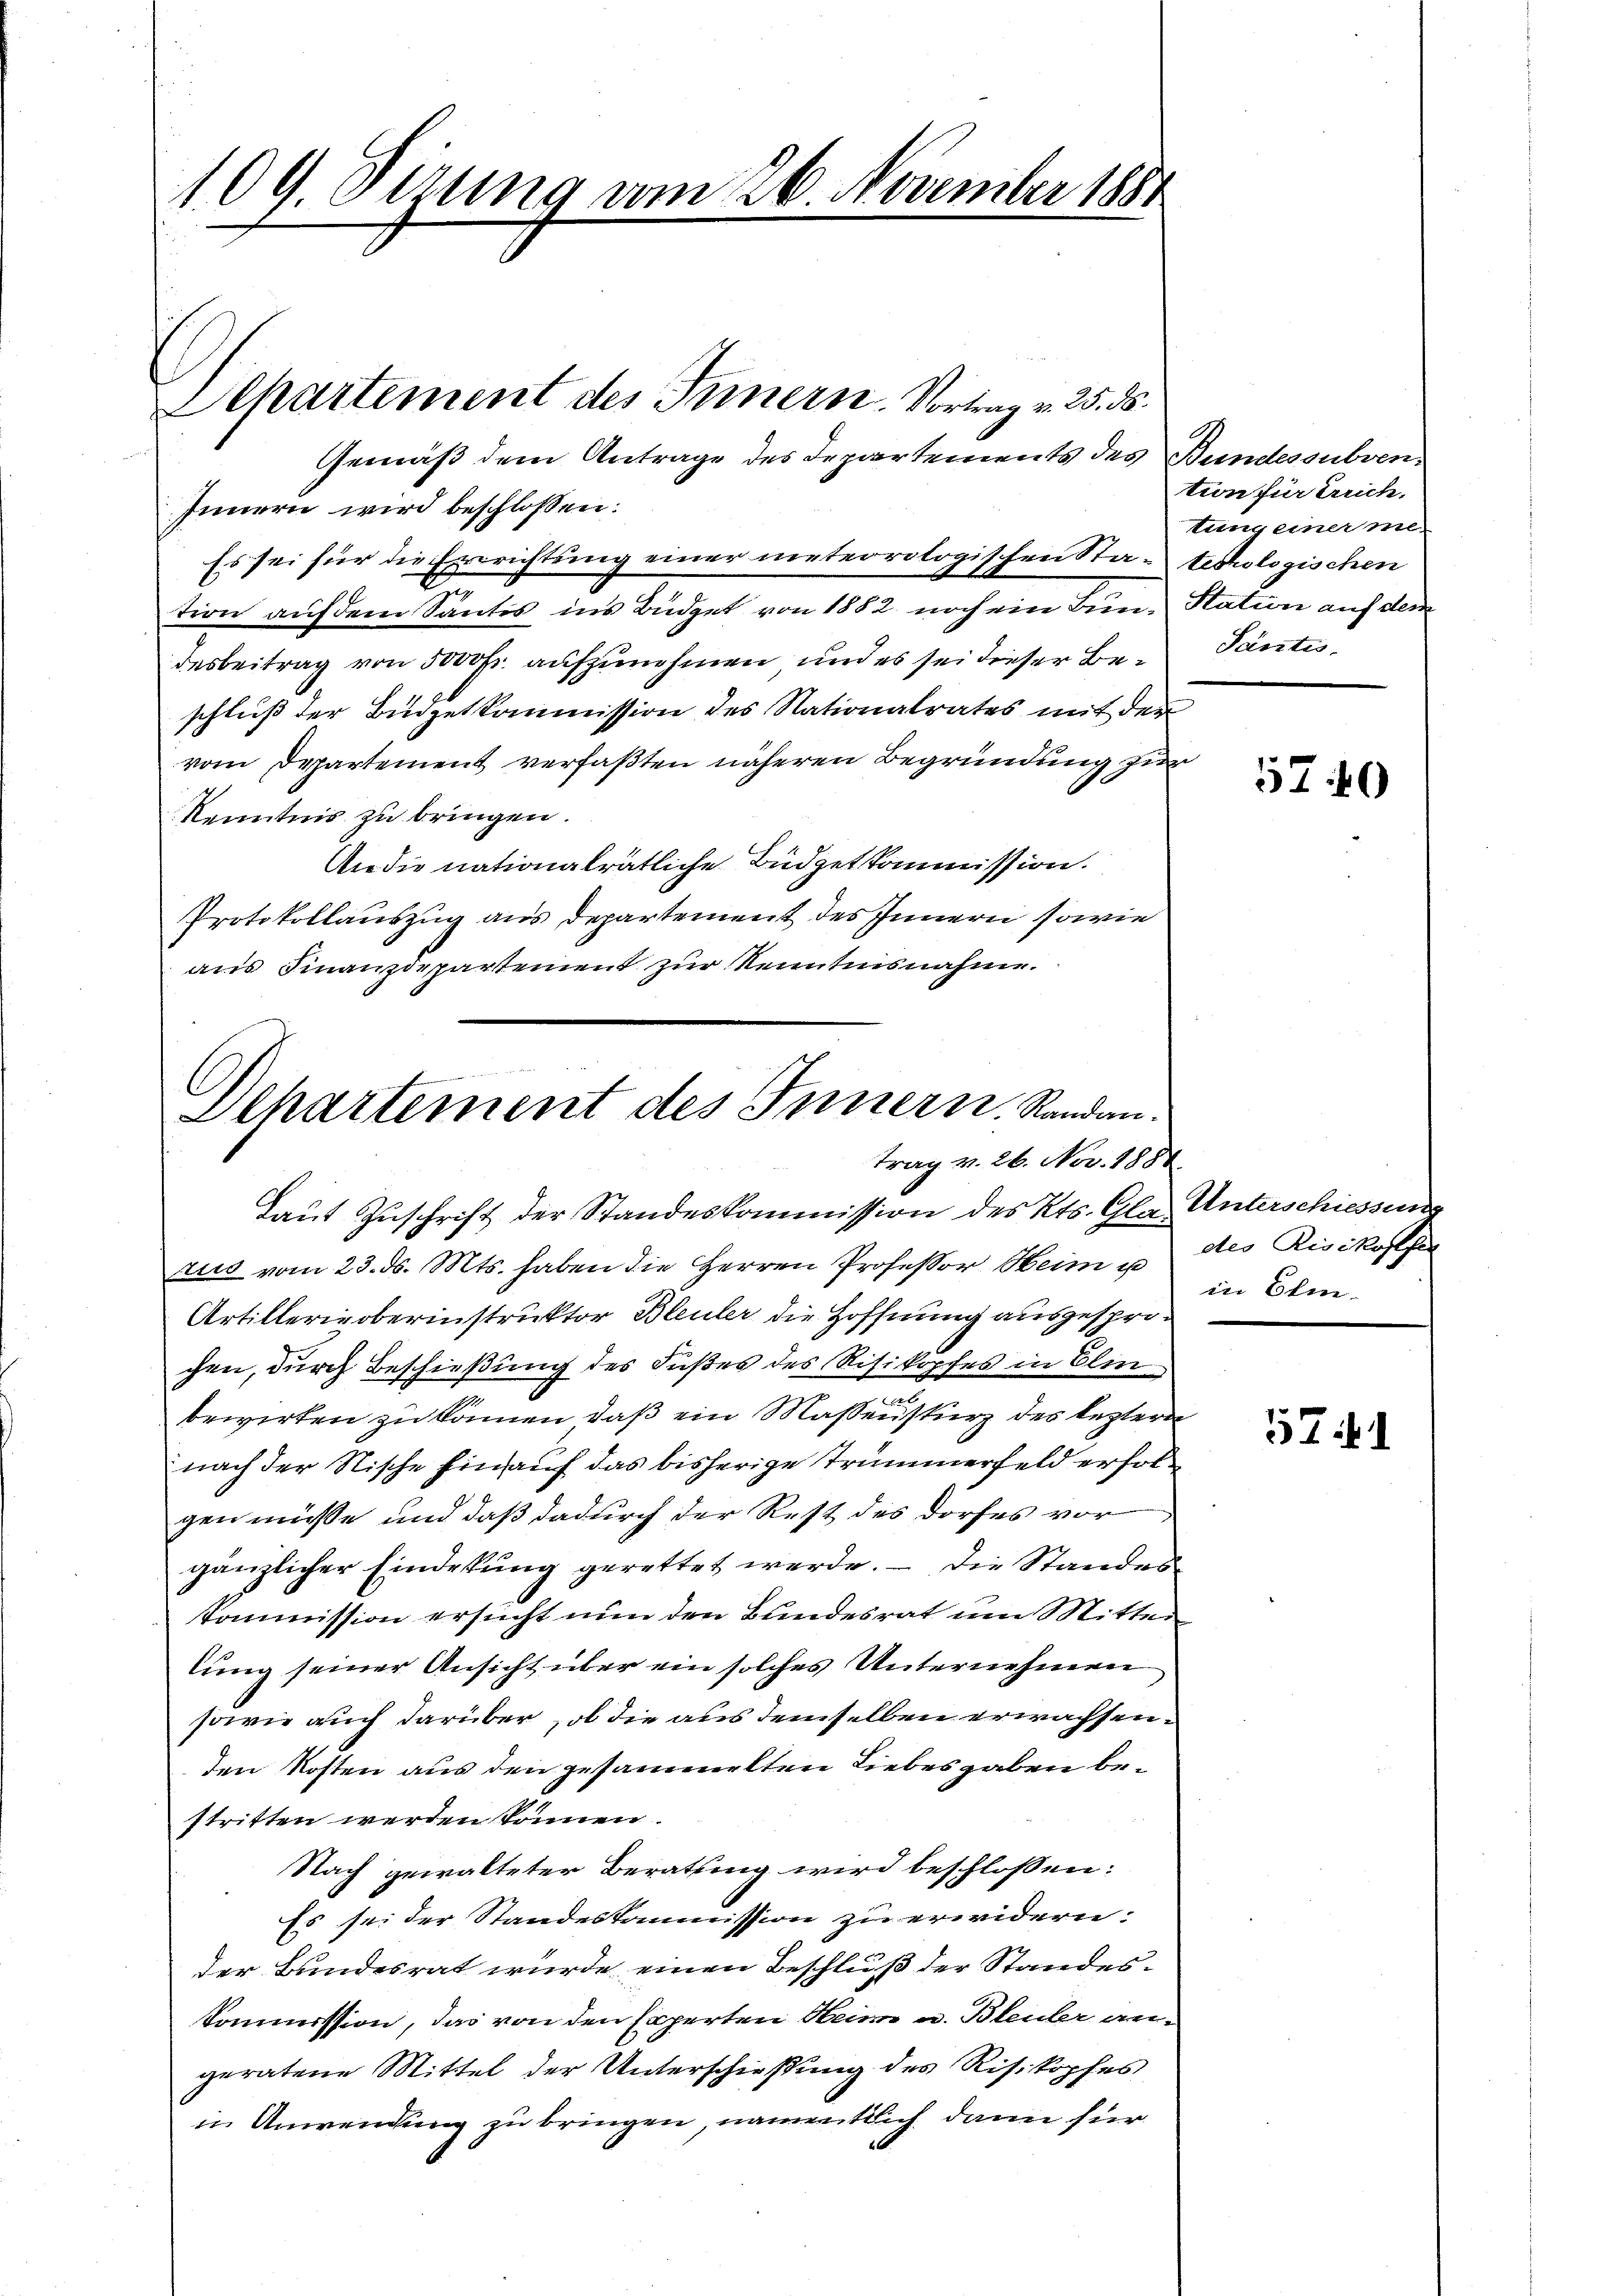
109. Sizung vom 26. November 1884

Gemäß dem Antrage des Departements des Bundessubven¬
Innern wird beschlossen:
Es sei für die Errichtung einer meteorologischen Sta-techologischen
l
tion auf dem Santis ins Büdget von 1882 noch ein Bun- Station auf dem
desbeitrag von 5000 fr. aufzunehmen, und es sei dieser Beschluß der Büdgetkommission des Nationalrates mit der
vom Departement verfaßten näheren Begründung zur
Kenntnis zu bringen.
An die nationalrätliche Büdgetkommission.
Protokollauszug aus Departement des Innern sowie
aus Finanzdepartement zur Kenntnisnahme.

Departement des Innern. Vortrag v. 25. ds.

Dchartement des Innern. Randan
trag v. 26. Nov. 1881

Laut Zuschrift der Standeskommission des Kts. Gla- Unterschiessene
rus vom 23. ds. Mts. haben die Herren Professor Heim u. des Risikosten
Artillerie oberinstruktor Bleuler die Hoffnung ausgesprochen, durch Beschießung des Fußes des Risikopfes in Elin¬
u
bewirken zu können, daß ein Massensturz des leztern
nach der Nische hinauf das bisherige Trümmerfeld erfolgen müsse und daß dadurch der Rest des Dorfes vor
gänzlicher Eindekung gerettet werde. — Die Standes¬
Kommission ersucht nun den Bundesrat um Mitter
lung seiner Ansicht über ein solches Unternehmen
sowie auch darüber, ob die aus demselben erwachsenden Kosten aus den gesammelten Liebesgaben bestritten werden können.
Nach gewalteter Berathung wird beschlossen:
Es sei der Standeskommission zu erwidern.
der Bundesrat wurde einen Beschluß der Standes¬
Kommission, das von den Experten Heim u. Bleuler an-
geratene Mittel der Unterschießung des Risikopfes
in Anwendung zu bringen, namentlich dann für

tion für Errich.
tung einer me-
Säntis

5740

in Elm.

5741